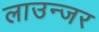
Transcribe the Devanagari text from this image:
लाउन्जर